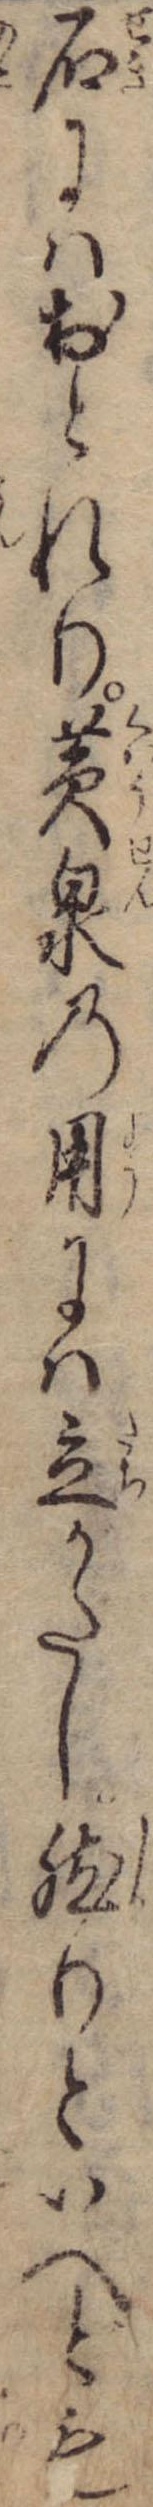
石にはおとれり黄泉の用には立がたし然りといへども